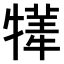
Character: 𤛫